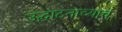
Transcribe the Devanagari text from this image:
उद्घाटनाच्याच